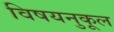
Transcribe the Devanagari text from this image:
विषयनुकूल